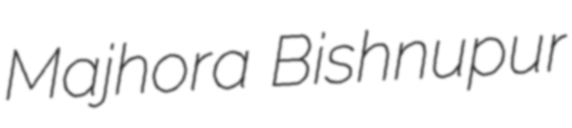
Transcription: Majhora Bishnupur